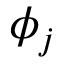
\phi _ { j }